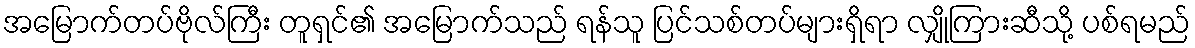
အမြောက်တပ်ဗိုလ်ကြီး တူရှင်၏ အမြောက်သည် ရန်သူ ပြင်သစ်တပ်များရှိရာ လျှိုကြားဆီသို့ ပစ်ရမည်